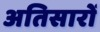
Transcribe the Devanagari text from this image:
अतिसारों